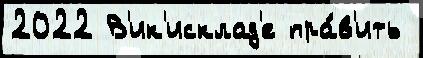
2022 В'ик'исклад'е пра́в'ить